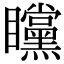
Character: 矘